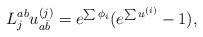
LaTeX: \begin{align*}L_j^{ab} u^{(j)}_{a\bar{b}} = e^{\sum \phi_i}(e^{\sum u ^{(i)}}-1),\end{align*}